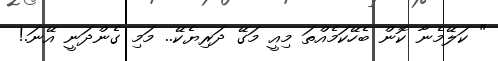
" ކަލޭމެނާ ކޮން ބެހޭކަމެއްތަ މިއީ މަގޭ ދަރިޔެކޭ.. މަމި ގެންދަނީ އޭނަ.!